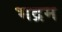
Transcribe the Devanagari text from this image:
भद्रम